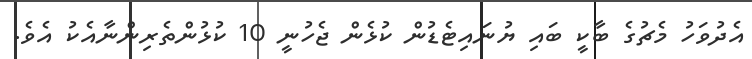
އެދުވަހު މެޗުގެ ބާކީ ބައި ޔުނައިޓެޑުން ކުޅެން ޖެހުނީ 10 ކުޅުންތެރިންނާއެކު އެވެ.